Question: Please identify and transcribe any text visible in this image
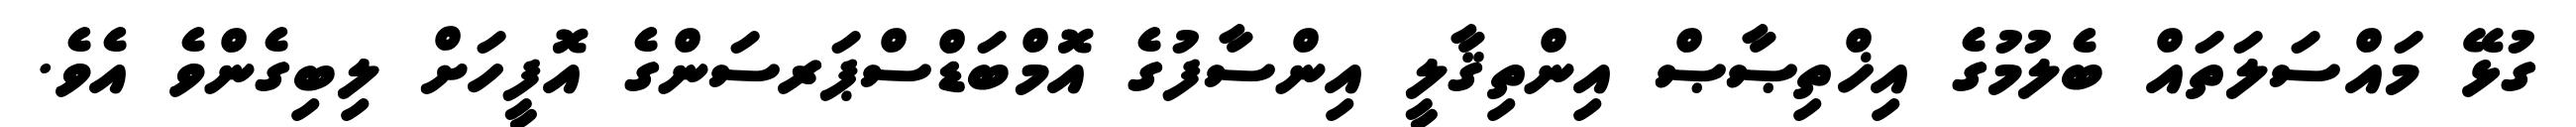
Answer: ގުޅޭ މައްސަލަތައް ބެލުމުގެ އިޚްތިޞާޞް އިންތިޤާލީ އިންސާފުގެ އޮމްބަޑްސްޕަރސަންގެ އޮފީހަށް ލިބިގެންވެ އެވެ.